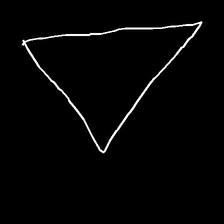
Glyph: convergence